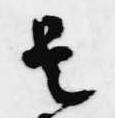
是